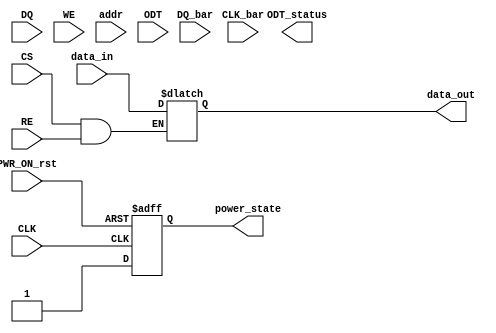
module gddr2_io_block (
    // Differential Data Signals
    input  wire [DQ_WIDTH-1:0] DQ,        // Data Input
    input  wire [DQ_WIDTH-1:0] DQ_bar,    // Data Input (Complement)
    
    // Control Signals
    input  wire CS,                       // Chip Select
    input  wire WE,                       // Write Enable
    input  wire RE,                       // Read Enable
    input  wire [ADDR_WIDTH-1:0] addr,   // Address Input
    
    // Clock Signals
    input  wire CLK,                      // Clock
    input  wire CLK_bar,                  // Clock Complement
    
    // On-Die Termination
    input  wire ODT,                      // On-die termination enable
    output wire ODT_status,               // On-die termination status
    
    // Power Management
    input  wire PWR_ON_rst,               // Power-on reset
    output wire power_state,               // Current power state
    
    // Read/Write Data
    output wire [DQ_WIDTH-1:0] data_out,  // Data Output
    input  wire [DQ_WIDTH-1:0] data_in    // Data Input for write operations
);

// Parameters
parameter DQ_WIDTH = 32;                 // Data Bus Width (16, 32, or 64 bits)
parameter ADDR_WIDTH = 24;                // Address Width

// Internal Signals
reg [DQ_WIDTH-1:0] data_reg;
reg [DQ_WIDTH-1:0] dqt_reg;              // Data to transmit
reg [DQ_WIDTH-1:0] dq_data_out;

// State Management for Power Management
reg power_state_reg;

// Assign output data based on control signals
always @(*) begin
    if (CS && WE)
        data_reg = data_in;                 // Write operation
    if (CS && RE)
        dq_data_out = data_reg;            // Read operation
end

assign data_out = dq_data_out;            // Output data

// Simple clock gating mechanism
always @(posedge CLK or negedge PWR_ON_rst) begin
    if (!PWR_ON_rst) begin
        power_state_reg <= 1'b0;           // Power off state
    end else begin
        power_state_reg <= 1'b1;           // Power on state
    end
end

assign power_state = power_state_reg;     // Current Power State

// Add additional features like ODT status, error checking, and calibration interfaces here

endmodule